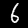
Digit: 6